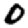
Digit: 0